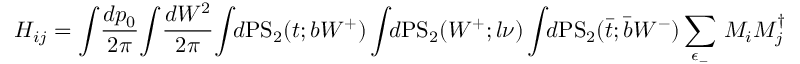
H _ { i j } = \int \! \frac { d p _ { 0 } } { 2 \pi } \! \int \! \frac { d W ^ { 2 } } { 2 \pi } \! \int \! \! d \mathrm { P S } _ { 2 } ( t ; b W ^ { + } ) \int \! \! d \mathrm { P S } _ { 2 } ( W ^ { + } ; l \nu ) \int \! \! d \mathrm { P S } _ { 2 } ( \bar { t } ; \bar { b } W ^ { - } ) \sum _ { \epsilon _ { - } } \, { \cal M } _ { i } { \cal M } _ { j } ^ { \dagger }